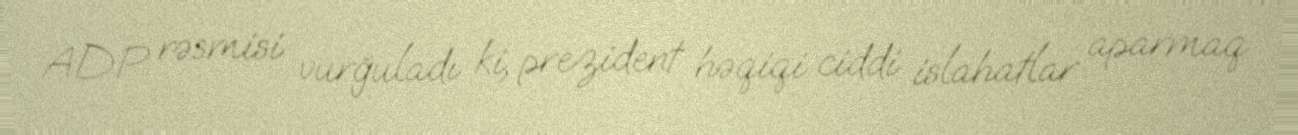
ADP rəsmisi vurğuladı ki, prezident həqiqi ciddi islahatlar aparmaq